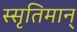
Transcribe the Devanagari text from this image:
स्सृतिमान्